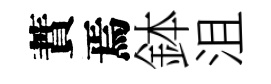
蕡焉鉢沮